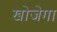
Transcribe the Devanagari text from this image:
खोजेगा